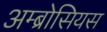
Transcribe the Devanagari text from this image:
अम्ब्रोसियस